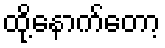
ထို့နောက်တော့